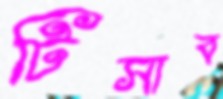
টিসাব